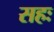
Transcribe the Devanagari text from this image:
सहः